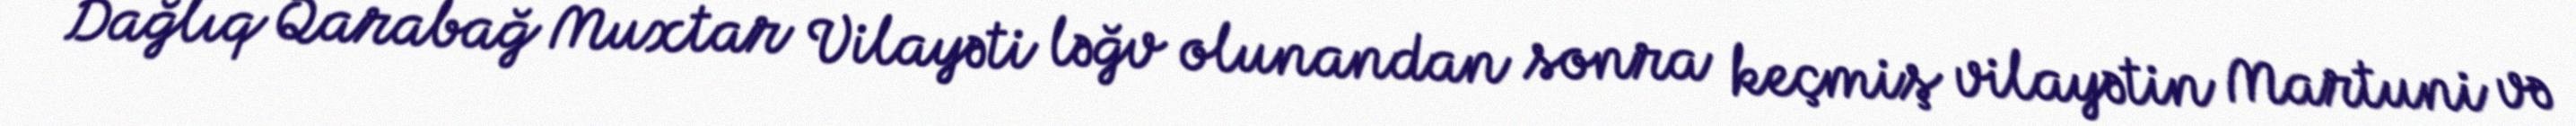
Dağlıq Qarabağ Muxtar Vilayəti ləğv olunandan sonra keçmiş vilayətin Martuni və